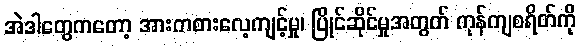
အဲဒါတွေကတော့ အားကစားလေ့ကျင့်မှု၊ ပြိုင်ဆိုင်မှုအတွက် ကုန်ကျစရိတ်ကို